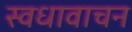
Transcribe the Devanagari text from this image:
स्वधावाचन